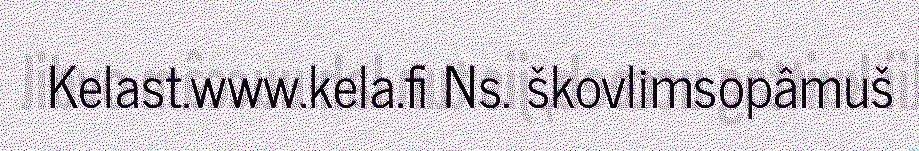
Kelast.www.kela.fi Ns. škovlimsopâmuš